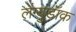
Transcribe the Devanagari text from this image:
लेंग्युडॉक